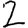
Digit: 2